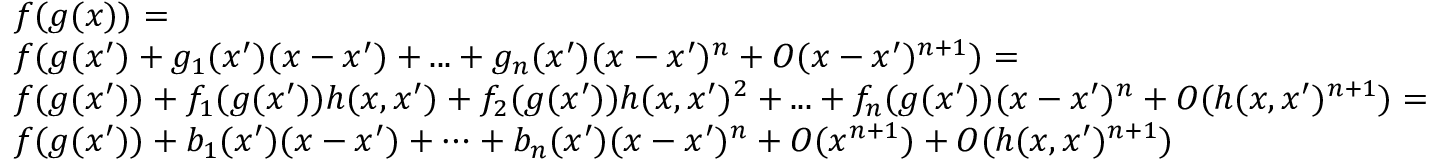
\begin{array} { r l } & { f ( g ( x ) ) = } \\ & { f ( g ( x ^ { \prime } ) + g _ { 1 } ( x ^ { \prime } ) ( x - x ^ { \prime } ) + . . . + g _ { n } ( x ^ { \prime } ) ( x - x ^ { \prime } ) ^ { n } + O ( x - x ^ { \prime } ) ^ { n + 1 } ) = } \\ & { f ( g ( x ^ { \prime } ) ) + f _ { 1 } ( g ( x ^ { \prime } ) ) h ( x , x ^ { \prime } ) + f _ { 2 } ( g ( x ^ { \prime } ) ) h ( x , x ^ { \prime } ) ^ { 2 } + . . . + f _ { n } ( g ( x ^ { \prime } ) ) ( x - x ^ { \prime } ) ^ { n } + O ( h ( x , x ^ { \prime } ) ^ { n + 1 } ) = } \\ & { f ( g ( x ^ { \prime } ) ) + b _ { 1 } ( x ^ { \prime } ) ( x - x ^ { \prime } ) + \cdots + b _ { n } ( x ^ { \prime } ) ( x - x ^ { \prime } ) ^ { n } + O ( x ^ { n + 1 } ) + O ( h ( x , x ^ { \prime } ) ^ { n + 1 } ) } \end{array}